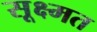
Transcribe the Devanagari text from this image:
सूक्ष्मत